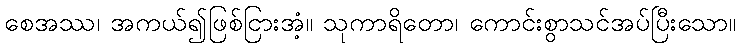
စေအဿ၊ အကယ်၍ဖြစ်ငြားအံ့။ သုကာရိတော၊ ကောင်းစွာသင်အပ်ပြီးသော။